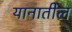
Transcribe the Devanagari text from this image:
यानातील